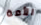
الأمة